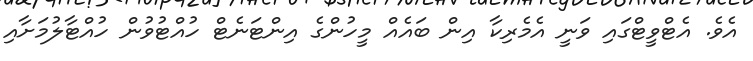
އެވެ. އެޓްވީޓްގައި ވަނީ އެމެރިކާ އިން ބައެއް މީހުންގެ އިންޓަނެޓް ހުއްޓުވުން ހުއްޓާލުމަށާއި